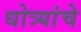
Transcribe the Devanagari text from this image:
धोत्र्यांचे